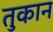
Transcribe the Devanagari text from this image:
तुकान